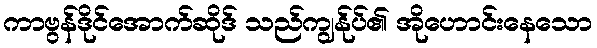
ကာဗွန်ဒိုင်အောက်ဆိုဒ် သည်ကျွန်ုပ်၏ အိုဟောင်းနေသော